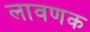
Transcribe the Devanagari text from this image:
लावणक